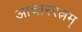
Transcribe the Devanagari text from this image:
आचाररत्नम्